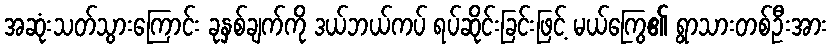
အဆုံးသတ်သွားကြောင်း ခုနှစ်ချက်ကို ဒယ်ဘယ်ကပ် ရပ်ဆိုင်းခြင်းဖြင့် မယ်ကြွေ၏ ရွာသားတစ်ဦးအား